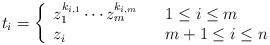
\begin{align*} t_{i}= \left\lbrace \begin{array}{lll} z_{1}^{k_{i,1}}\cdots z_{m}^{k_{i,m}} & & 1\leq i\leq m \\ z_{i} & & m+1\leq i\leq n \\ \end{array} \right.\end{align*}